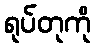
ရုပ်တုကို